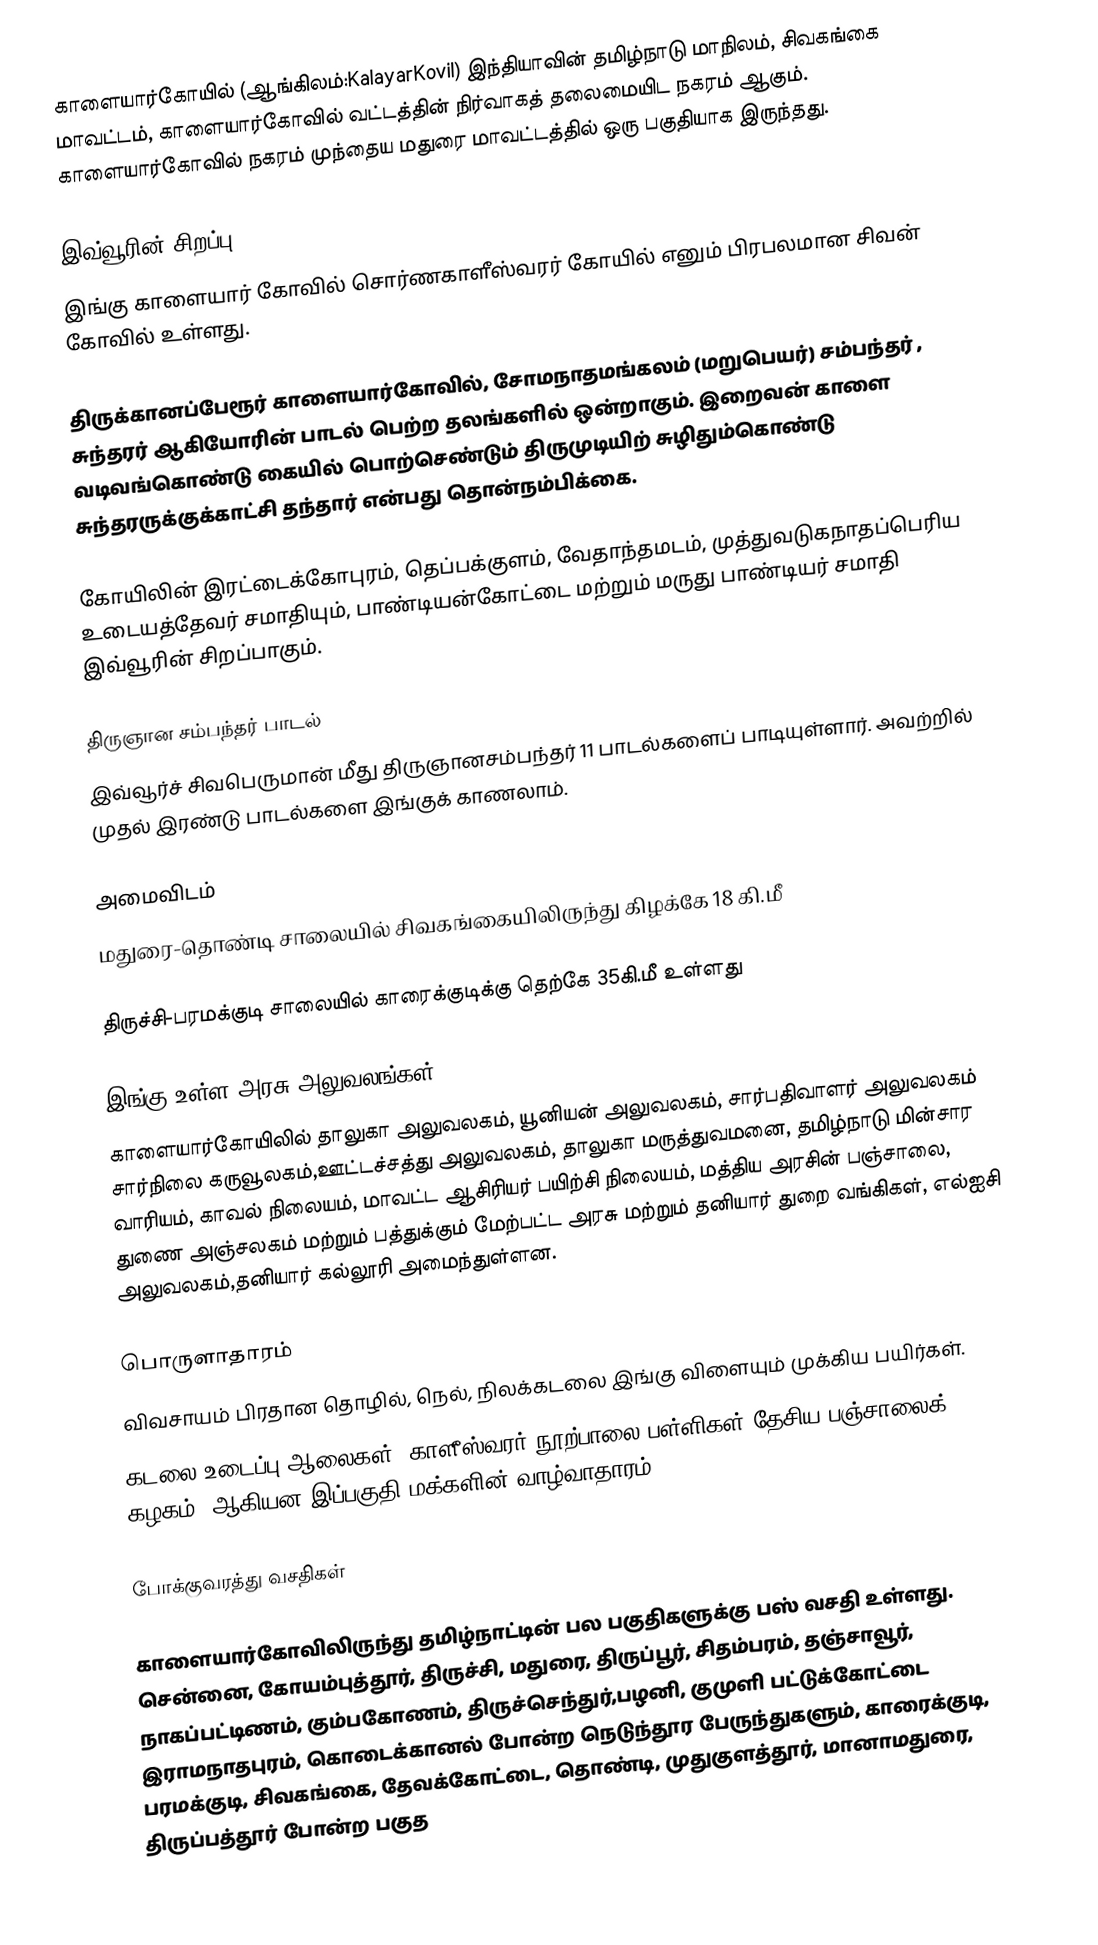
காளையார்கோயில் (ஆங்கிலம்:KalayarKovil) இந்தியாவின்  தமிழ்நாடு மாநிலம், சிவகங்கை மாவட்டம்,  காளையார்கோவில் வட்டத்தின் நிர்வாகத் தலைமையிட  நகரம் ஆகும். காளையார்கோவில் நகரம் முந்தைய மதுரை மாவட்டத்தில் ஒரு பகுதியாக இருந்தது.

இவ்வூரின் சிறப்பு
இங்கு  காளையார் கோவில் சொர்ணகாளீஸ்வரர் கோயில் எனும் பிரபலமான சிவன் கோவில் உள்ளது.

திருக்கானப்பேரூர்  காளையார்கோவில், சோமநாதமங்கலம்  (மறுபெயர்) சம்பந்தர் , சுந்தரர் ஆகியோரின் பாடல் பெற்ற தலங்களில் ஒன்றாகும். இறைவன் காளை வடிவங்கொண்டு கையில் பொற்செண்டும் திருமுடியிற் சுழிதும்கொண்டு சுந்தரருக்குக்காட்சி தந்தார் என்பது தொன்நம்பிக்கை.

கோயிலின் இரட்டைக்கோபுரம், தெப்பக்குளம், வேதாந்தமடம், முத்துவடுகநாதப்பெரிய உடையத்தேவர் சமாதியும், பாண்டியன்கோட்டை மற்றும் மருது பாண்டியர் சமாதி இவ்வூரின் சிறப்பாகும்.

திருஞான சம்பந்தர் பாடல்
 இவ்வூர்ச் சிவபெருமான் மீது திருஞானசம்பந்தர் 11 பாடல்களைப் பாடியுள்ளார். அவற்றில் முதல் இரண்டு பாடல்களை இங்குக் காணலாம்.

அமைவிடம்
மதுரை-தொண்டி சாலையில் சிவகங்கையிலிருந்து கிழக்கே 18 கி.மீ

திருச்சி-பரமக்குடி சாலையில் காரைக்குடிக்கு தெற்கே 35கி.மீ உள்ளது

இங்கு உள்ள அரசு அலுவலங்கள்
காளையார்கோயிலில் தாலுகா அலுவலகம், யூனியன் அலுவலகம், சார்பதிவாளர் அலுவலகம் சார்நிலை கருவூலகம்,ஊட்டச்சத்து அலுவலகம், தாலுகா மருத்துவமனை, தமிழ்நாடு மின்சார வாரியம், காவல் நிலையம், மாவட்ட ஆசிரியர் பயிற்சி நிலையம், மத்திய அரசின் பஞ்சாலை, துணை அஞ்சலகம் மற்றும் பத்துக்கும் மேற்பட்ட அரசு மற்றும் தனியார் துறை வங்கிகள், எல்ஐசி அலுவலகம்,தனியார் கல்லூரி அமைந்துள்ளன.

பொருளாதாரம்
விவசாயம் பிரதான தொழில், நெல், நிலக்கடலை இங்கு விளையும் முக்கிய பயிர்கள்.
கடலை உடைப்பு ஆலைகள், காளீஸ்வரர் நூற்பாலை பள்ளிகள்(தேசிய பஞ்சாலைக் கழகம்) ஆகியன இப்பகுதி மக்களின் வாழ்வாதாரம்.

போக்குவரத்து வசதிகள்

காளையார்கோவிலிருந்து தமிழ்நாட்டின் பல பகுதிகளுக்கு பஸ் வசதி உள்ளது. சென்னை, கோயம்புத்தூர், திருச்சி, மதுரை, திருப்பூர், சிதம்பரம், தஞ்சாவூர், நாகப்பட்டிணம், கும்பகோணம், திருச்செந்துர்,பழனி, குமுளி பட்டுக்கோட்டை இராமநாதபுரம், கொடைக்கானல் போன்ற நெடுந்தூர பேருந்துகளும், காரைக்குடி, பரமக்குடி, சிவகங்கை,  தேவக்கோட்டை, தொண்டி, முதுகுளத்தூர், மானாமதுரை, திருப்பத்தூர் போன்ற பகுத